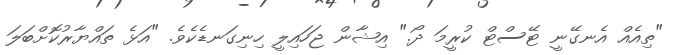
"ތިއެއް އެނގޭނީ ޓޭސްޓް ކުރީމަ ދޯ." އިޝާން ޖަހައިލީ ހިނިގަނޑެކެވެ. "އަޅެ ތައްޔާރުކޮށްބަލަ